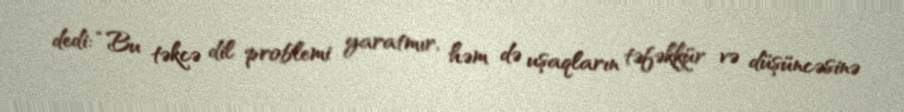
dedi: “Bu təkcə dil problemi yaratmır, həm də uşaqların təfəkkür və düşüncəsinə